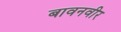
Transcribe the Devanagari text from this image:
बावनवीर